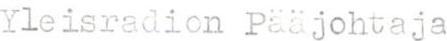
Yleisradion Pääjohtaja